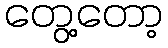
တွေ့တော့